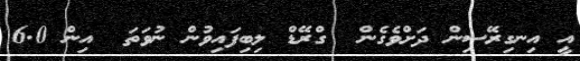
އީ އިނގިރޭސިން ދަށްވެގެން  ގްރޭޑް ލިބިފައިވުން ނުވަތަ  އިން 6.0